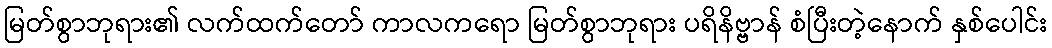
မြတ်စွာဘုရား၏ လက်ထက်တော် ကာလကရော မြတ်စွာဘုရား ပရိနိဗ္ဗာန် စံပြီးတဲ့နောက် နှစ်ပေါင်း